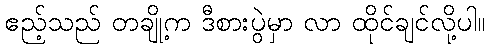
ဧည့်သည် တချို့က ဒီစားပွဲမှာ လာ ထိုင်ချင်လို့ပါ။